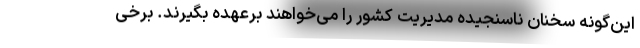
این‌گونه سخنان ناسنجیده مدیریت کشور را می‌خواهند برعهده بگیرند. برخی